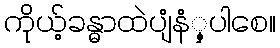
ကိုယ့်ခန္ဓာထဲပျံနံံှ့ပါစေ။